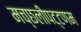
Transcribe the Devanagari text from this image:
मच्‍छलीपट्टणम